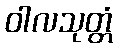
ဝါလသုတ္တံ